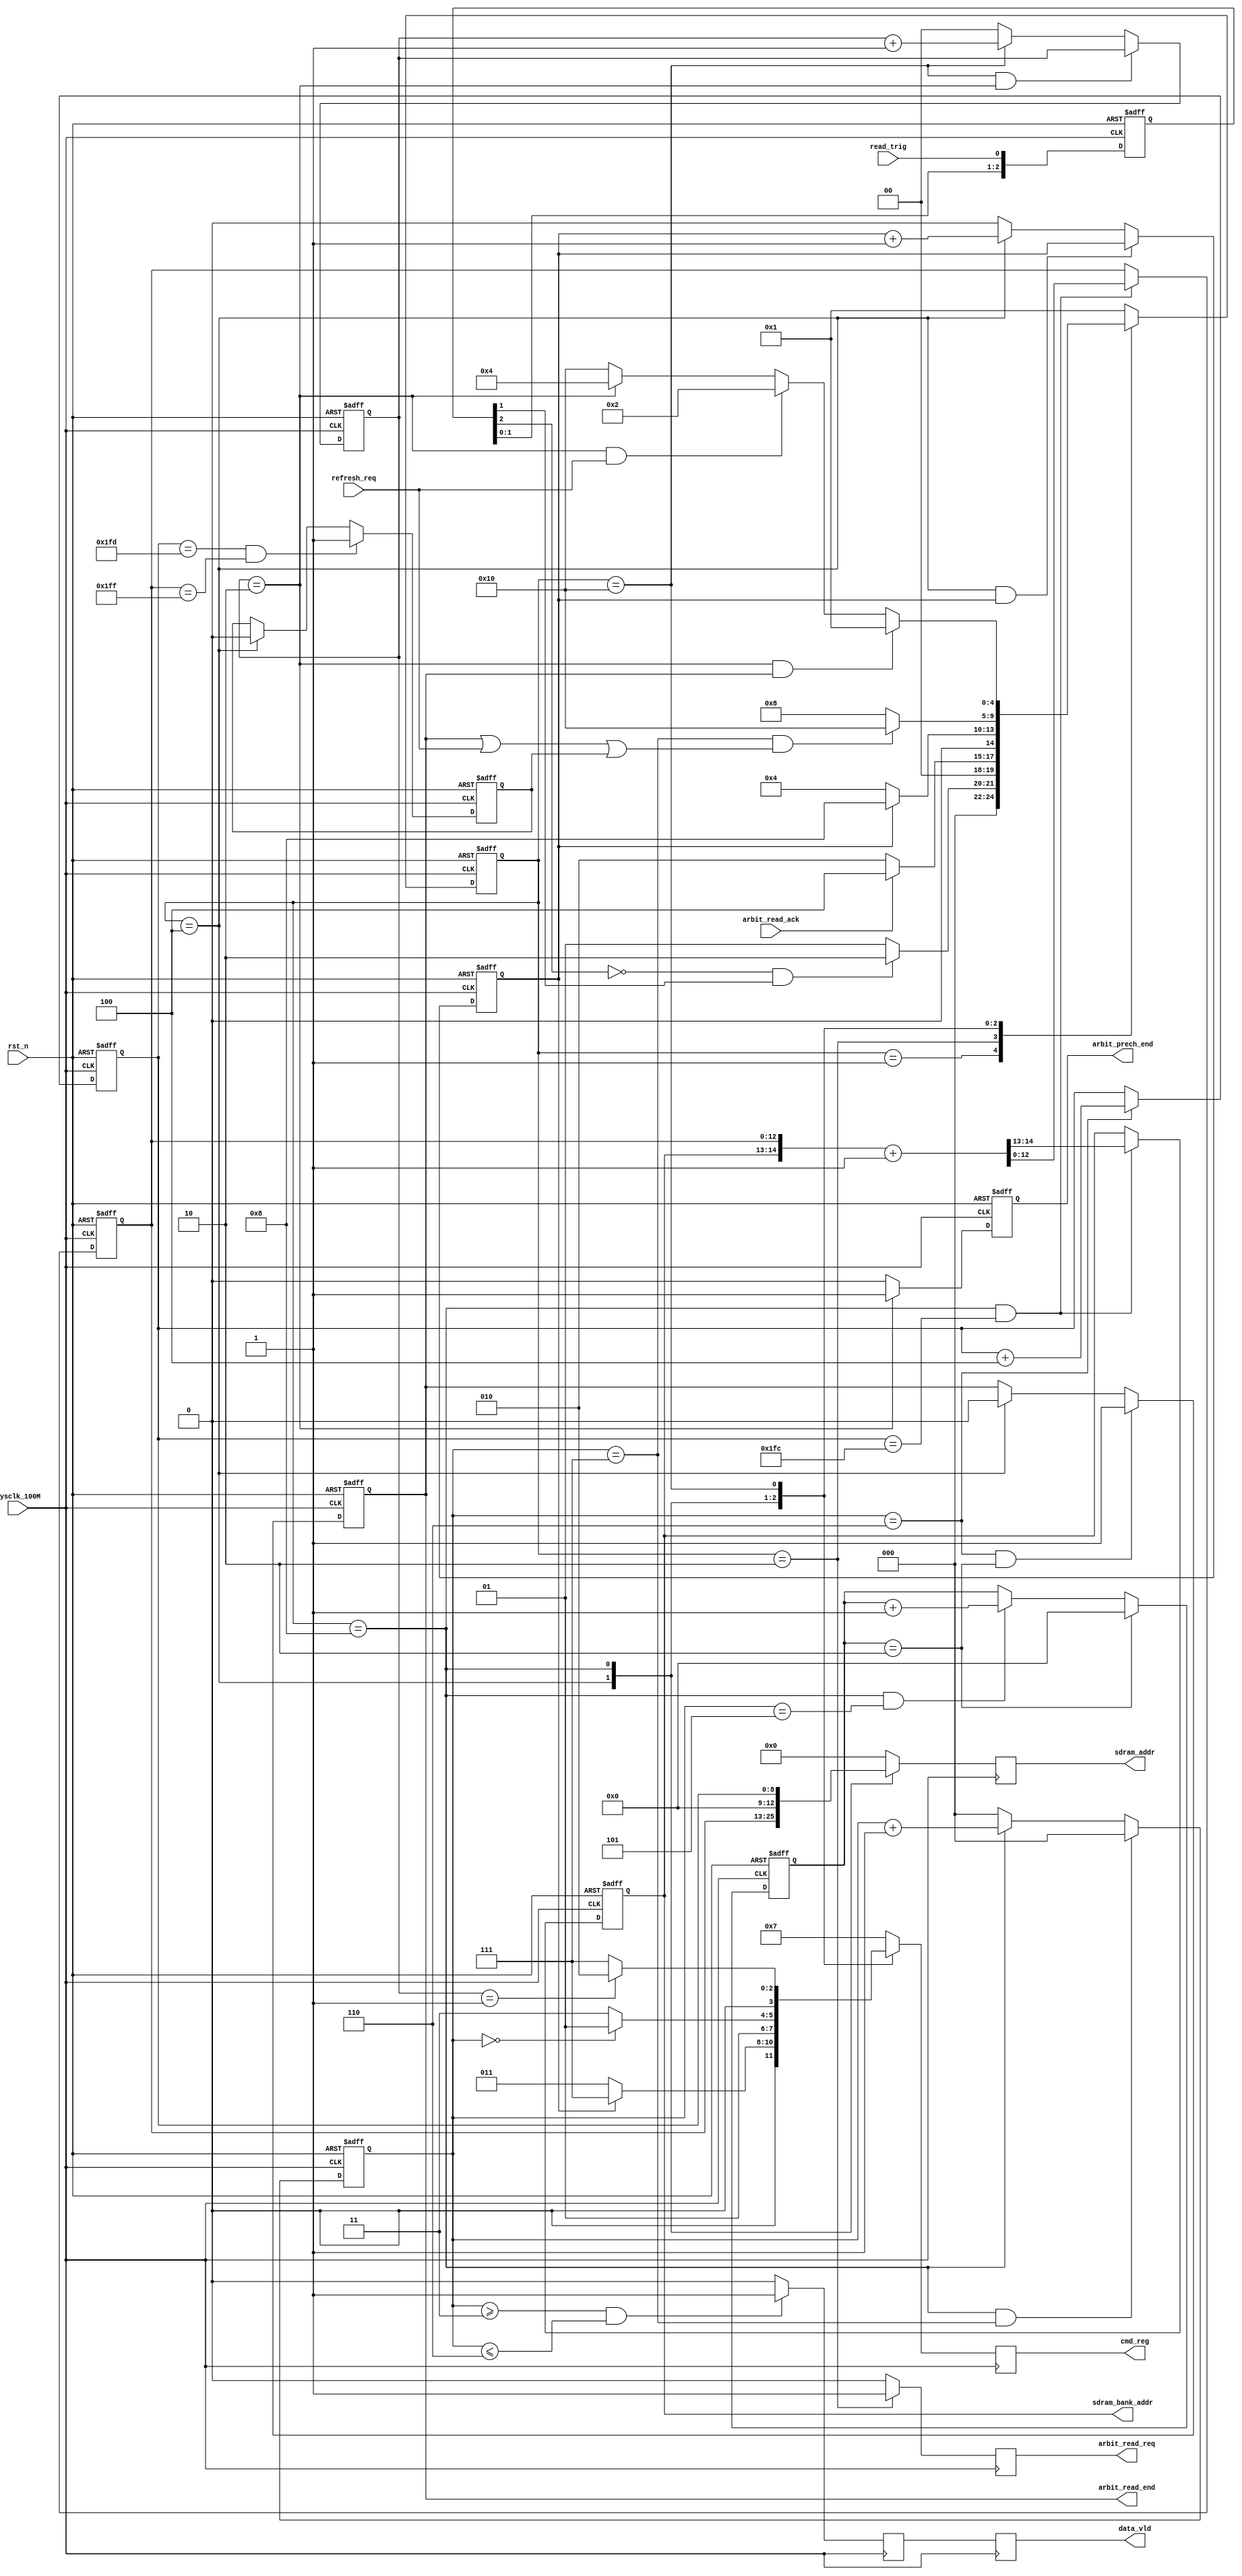
// ===============================================
// 
// designer:            yang shjiang
// description:         sdram read module
// 
// ===============================================


module SDRAM_read(
    // system signals
    input                       sysclk_100M     ,
    input                       rst_n           ,
    // sdram
    output  reg     [ 3:0]      cmd_reg         ,
    output  reg     [12:0]      sdram_addr      ,
    output  reg     [ 1:0]      sdram_bank_addr ,
    // from refresh
    input                       refresh_req     ,
    // from arbit
    output  reg                 arbit_read_req  ,
    input                       arbit_read_ack  ,
    output  reg                 arbit_read_end  ,
    output  reg                 arbit_prech_end ,
    // others
    input                       read_trig       ,
    output  reg                 data_vld        
);

// ===============================================
// ********** define params and signals ********
// ===============================================
localparam                      BURST_TIMES =   2   ;  // debug
localparam                      ACT_END     =   1   ;
localparam                      READ_END    =   7   ;
localparam                      PRECH_END   =   2   ;

localparam                      READ_CMD    =   4'b0101 ;
localparam                      ACTIVE_CMD  =   4'b0011     ;
localparam                      NOP         =   4'b0111     ;
localparam                      PRECH_CMD   =   4'b0010     ;

localparam                      S_IDLE      =   5'b0_0001   ;
localparam                      S_REQ       =   5'b0_0010   ;
localparam                      S_ACT       =   5'b0_0100   ;
localparam                      S_READ      =   5'b0_1000   ;
localparam                      S_PRECH     =   5'b1_0000   ;

reg                             act_cnt     ;
reg                 [ 1:0]      prech_cnt   ;
reg                 [ 2:0]      read_cnt    ;
reg                 [ 3:0]      burst_cnt   ;
reg                 [ 2:0]      trig_r      ;
reg                 [ 4:0]      state       ;
reg                             row_end     ;
reg                 [12:0]      row_addr    ;
reg                 [ 8:0]      col_addr    ;
reg                             data_vld_r  ;

wire                            trig_rise   ;

// ===============================================
// ************** main code ******************
// ===============================================
// trig detect
always @(posedge sysclk_100M or negedge rst_n) begin
    if (rst_n == 1'b0)
        trig_r  <=  3'b000  ;
    else
        trig_r  <=  {trig_r[1:0], read_trig};
end

assign trig_rise = (~trig_r[2]) & trig_r[1] ;

// state machine
always @(posedge sysclk_100M or negedge rst_n) begin
    if (rst_n == 1'b0)
        state   <= S_IDLE   ;
    else 
    case (state)
        S_IDLE: begin
                if (trig_rise == 1'b1)
                    state   <=  S_REQ   ;
                else 
                    state   <=  S_IDLE  ;
                end
        S_REQ:  begin
                if (arbit_read_ack == 1'b1)
                    state   <=  S_ACT   ;
                else
                    state   <=  S_REQ   ;
                end
        S_ACT:  begin
                if (act_cnt == ACT_END)
                    state   <=  S_READ  ;
                else 
                    state   <=  S_ACT   ;
                end
        S_READ: begin
                if (read_cnt == READ_END && (arbit_read_end == 1'b1 || refresh_req == 1'b1 || row_end == 1'b1) )
                    state   <=  S_PRECH ;
                else
                    state   <=  S_READ  ;
                end
        S_PRECH:begin
                if (prech_cnt == PRECH_END && arbit_read_end == 1'b1)
                    state   <=  S_IDLE  ;
                else if (prech_cnt == PRECH_END && refresh_req == 1'b1)
                    state   <=  S_REQ   ;
                else if (prech_cnt == PRECH_END)
                    state   <=  S_ACT   ;
                else 
                    state   <=  S_PRECH ;
                end
        default:    state   <=  S_IDLE  ;
    endcase
end

// cmd_reg
always @(posedge sysclk_100M) begin
    case (state)
        S_ACT:  begin
                if (act_cnt == 1'b0)
                    cmd_reg <=  ACTIVE_CMD  ;
                else
                    cmd_reg <=  NOP         ;
                end
        S_READ: begin
                if (read_cnt == 3'd0)
                    cmd_reg <=  READ_CMD    ;
                else
                    cmd_reg <=  NOP         ;
                end
        S_PRECH:begin
                if (prech_cnt == 1'b1)
                    cmd_reg <=  PRECH_CMD   ;
                else
                    cmd_reg <=  NOP         ;
                end
        default: cmd_reg    <=  NOP         ;
    endcase
end

// arbit_read_req
always @(posedge sysclk_100M) begin
    case (state)
        S_REQ:      arbit_read_req  <=  1'b1    ;
        default:    arbit_read_req  <=  1'b0    ;
    endcase
end

// sdram_addr
always @(posedge sysclk_100M) begin
    case (state)
        S_ACT:      sdram_addr   <=  row_addr   ;
        S_READ:     sdram_addr   <=  {4'b0000, col_addr}    ;
        default:    sdram_addr   <=  13'b0_0000_0000_0000   ;
    endcase

end

// col_addr
always @(posedge sysclk_100M or negedge rst_n) begin
    if (rst_n == 1'b0)
        col_addr    <=  9'd0    ;
    else if (read_cnt == 3'd6)
        col_addr    <=  col_addr + 9'd4 ;
end

// sdram_bank_addr
// row_addr
always @(posedge sysclk_100M or negedge rst_n) begin
    if (rst_n == 1'b0)
        {sdram_bank_addr, row_addr} <=  15'd0   ;
    else if (state == S_READ && col_addr == 9'b1_1111_1100)
        {sdram_bank_addr, row_addr} <= {sdram_bank_addr, row_addr} + 15'd1;
end

// row_end
always @(posedge sysclk_100M or negedge rst_n) begin
    if (rst_n == 1'b0)
        row_end     <=  1'b0   ;
    else if (col_addr == 9'b1_1111_1101 && row_addr == 13'h1FF)
        row_end     <=  1'b1   ;
    else if (state == S_ACT)
        row_end     <=  1'b0   ;
end

// act_cnt
always @(posedge sysclk_100M or negedge rst_n) begin
    if (rst_n == 1'b0)
        act_cnt     <=  1'b0;
    else if (state == S_ACT && act_cnt == ACT_END)
        act_cnt     <=  act_cnt ;
    else if (state == S_ACT)
        act_cnt     <=  act_cnt + 1'b1;
    else
        act_cnt     <=  1'b0;
end

// read_cnt
always @(posedge sysclk_100M or negedge rst_n) begin
    if (rst_n == 1'b0)
        read_cnt    <=  3'd0    ;
    else if (state == S_READ && read_cnt == READ_END)
        read_cnt    <=  3'd0;
    else if (state == S_READ)
        read_cnt    <=  read_cnt + 3'd1 ;
    else
        read_cnt    <=  3'd0    ;
end

// prech_cnt
always @(posedge sysclk_100M or negedge rst_n) begin
    if (rst_n == 1'b0)
        prech_cnt     <=  2'd0;
    else if (state == S_PRECH && prech_cnt == PRECH_END)
        prech_cnt     <=  prech_cnt ;
    else if (state == S_PRECH)
        prech_cnt     <=  prech_cnt + 2'd1;
    else
        prech_cnt     <=  2'd0;
end

// arbit_prech_end
always @(posedge sysclk_100M or negedge rst_n) begin
    if (rst_n == 1'b0)
        arbit_prech_end <=  1'b0 ;
    else if (prech_cnt == PRECH_END)
        arbit_prech_end <=  1'b1 ;
    else
        arbit_prech_end <=  1'b0 ;
end

// data_vld
always @(posedge sysclk_100M) begin
    if (read_cnt >= 3'd3 && read_cnt <= 3'd6) begin
        data_vld_r  <=  1'b1        ;
        data_vld    <=  data_vld_r  ;
    end
    else begin
        data_vld_r  <=  1'b0        ;
        data_vld    <=  data_vld_r  ;
    end
end


// burst_cnt
always @(posedge sysclk_100M or negedge rst_n) begin
    if (rst_n == 1'b0)
        burst_cnt   <=  4'd0    ;
    else if (burst_cnt == BURST_TIMES)
        burst_cnt   <=  4'd0    ;
    else if (state == S_READ && read_cnt == 3'd5)
        burst_cnt   <=  burst_cnt + 4'd1    ;
end

// arbit_read_end
always @(posedge sysclk_100M or negedge rst_n) begin
    if (rst_n == 1'b0)
        arbit_read_end    <=  1'b0    ;
    else if (read_cnt == 3'd6 && burst_cnt == BURST_TIMES)
        arbit_read_end    <=  1'b1    ;
    else if (state == S_ACT)
        arbit_read_end    <=  1'b0    ;
end


endmodule